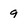
Character: 9